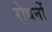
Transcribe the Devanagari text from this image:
रोधनों